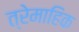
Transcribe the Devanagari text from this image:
त्रेमाहिक